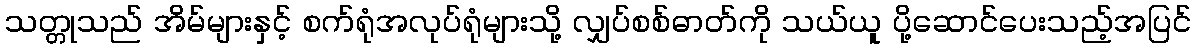
သတ္တုသည် အိမ်များနှင့် စက်ရုံအလုပ်ရုံများသို့ လျှပ်စစ်ဓာတ်ကို သယ်ယူ ပို့ဆောင်ပေးသည့်အပြင်